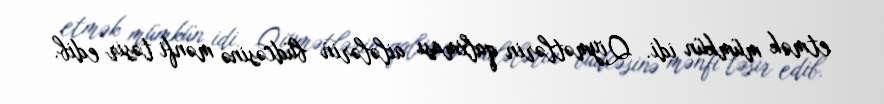
etmək mümkün idi. Qiymətlərin qalxması ailələrin büdcəsinə mənfi təsir edib.